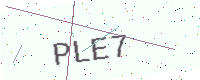
Text: PLE7